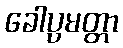
ခေါပ္ပမတ္တာ